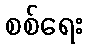
စစ်ရေး